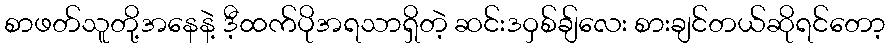
စာဖတ်သူတို့အနေနဲ့ ဒီ့ထက်ပိုအရသာရှိတဲ့ ဆင်းဒဝှစ်ချ်လေး စားချင်တယ်ဆိုရင်တော့